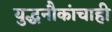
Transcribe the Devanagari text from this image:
युद्धनौकांचाही